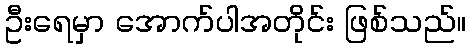
ဦးရေမှာ အောက်ပါအတိုင်း ဖြစ်သည်။